Annual report of the Punjab Veterinary College and of the Civil Veterinary Department, Punjab - 1894-1908
Year: 1894
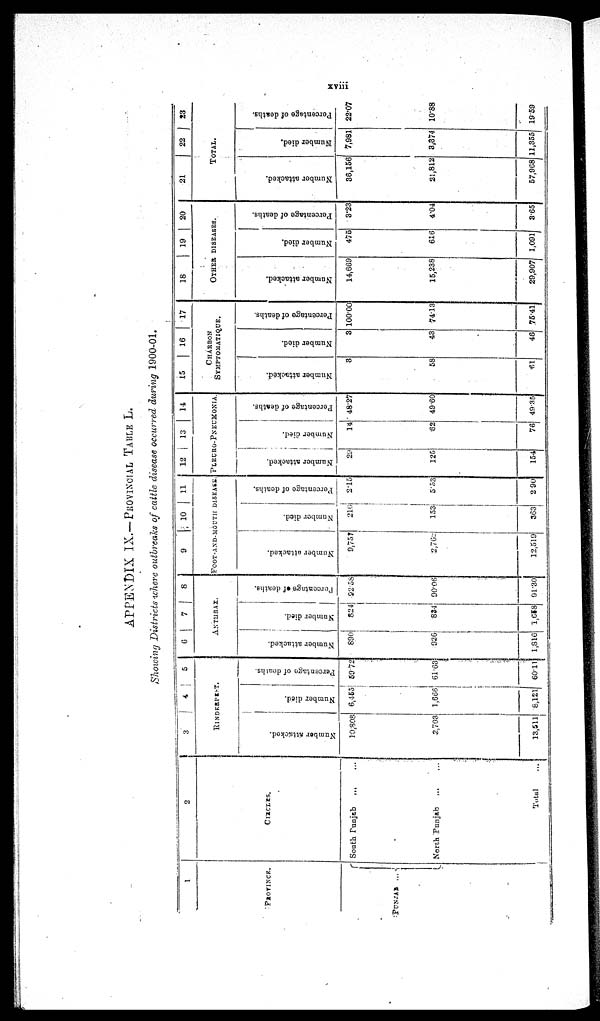
xviii
APPENDIX IX.- PROVINCIAL TABLE L.
Showing Districts where outbreaks of cattle disease occurred during 1900-01.
1
PROVINCE.
PUNJAB ...
2
CIRCLES
South Punjab ... ...
North
Punjab
...
...
Total ...
3
4
5
RINDERPEST.
Number attacked.
10, 808
2,703
13,511
Number died.
6,453
1,666
8,121
Percentage
of deaths
50 72
61.63
60.11
6
7 8
ANTHRAX.
Number attacked.
800
926
1,816
Number died
824
834
1,618
Percentage of deaths.
22.58
90.06
91.30
9 10 11
FOOT-AND-MOUTH
DISEASE.
Number attacked.
9,757
2,762
12,519
Number died.
219
153
363
Percentage of deaths.
2.15
3.53
2 90
12
13
14
PLEURO-PNEUYONIA
Number attacked.
2
125
154
Number died.
14
62
76
Percentage of deaths.
48.27
49.60
49.35
15
16 17
CHARBON
SYMPTOMATIQUE.
Number attacked.
3
58
61
Number died.
3
43
46
Percentage of deaths.
100.00
7413
75.41
18
19 20
OTHER DISEASES.
Number attacked.
14,669
15,238
29,907
Number died.
475
616
1,091
Percentage
of deaths.
3.23
4.04
3.65
21
22
23
TOTAL.
Number attacked.
36,156
21,812
57,968
Number died.
7,981
3,374
11,355
Percentage
of deaths.
22.07
10.88
19.59